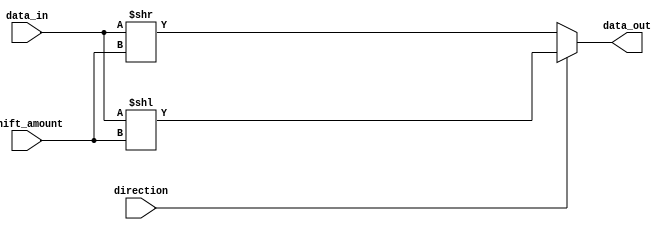
module Hybrid_Barrel_Shifter (
    input [31:0] data_in,
    input [4:0] shift_amount,
    input direction,
    output reg [31:0] data_out
);

reg [31:0] temp;

always @ (data_in or shift_amount or direction)
begin
    if(direction == 0) // Right shift
        temp = data_in >> shift_amount;
    else // Left shift
        temp = data_in << shift_amount;
    
    // Perform arithmetic operations here using ALUs
    // Additional logic for moving and copying bits
    
    data_out = temp;
end

endmodule